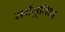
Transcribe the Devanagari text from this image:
सर्वसुविधा